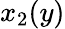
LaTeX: x_{2}(y)